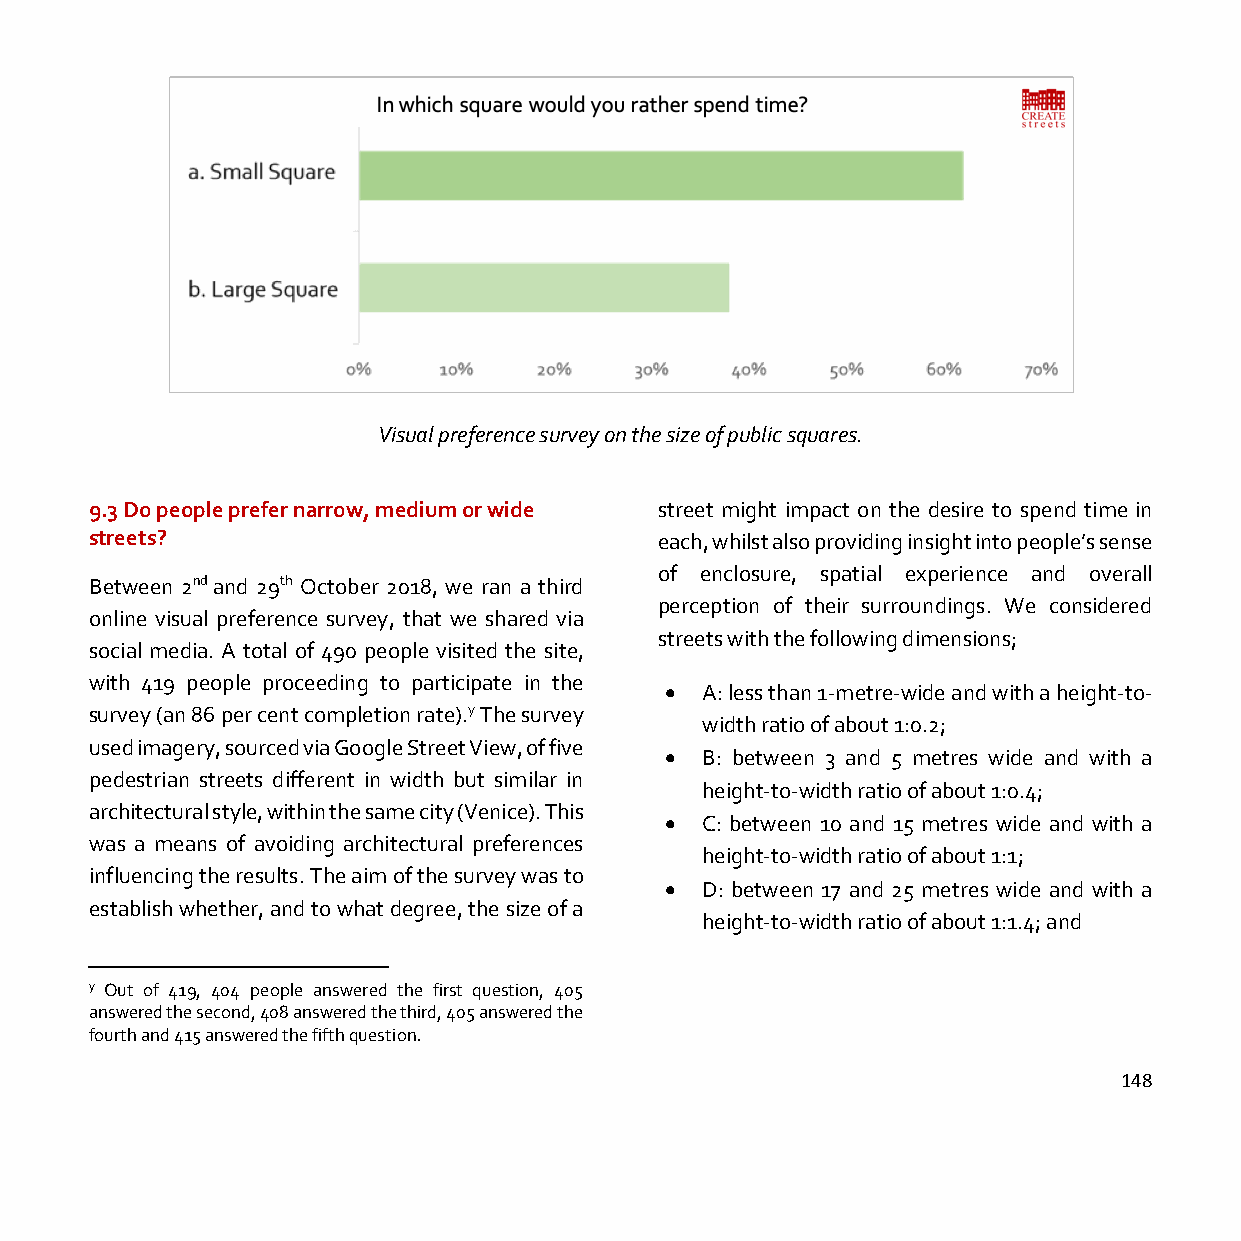
Visual preference survey on the size of public squares.
 9.3 Do people prefer narrow, medium or wide street might impact on the desire to spend time in
 streets?                              each, whilst also providing insight into people’s sense
 of enclosure, spatial experience and overall
 Between 2nd and 29th October 2018, we ran a third
 perception of their surroundings. We considered
 online visual preference survey, that we shared via
 streets with the following dimensions;
 social media. A total of 490 people visited the site,
 with 419 people proceeding to participate in the
 • A: less than 1-metre-wide and with a height-to-
 survey (an 86 per cent completion rate).y The survey
 width ratio of about 1:0.2;
 used imagery, sourced via Google Street View, of five
 • B: between 3 and 5 metres wide and with a
 pedestrian streets different in width but similar in
 height-to-width ratio of about 1:0.4;
 architectural style, within the same city (Venice). This
 • C: between 10 and 15 metres wide and with a
 was a means of avoiding architectural preferences
 height-to-width ratio of about 1:1;
 influencing the results. The aim of the survey was to
 • D: between 17 and 25 metres wide and with a
 establish whether, and to what degree, the size of a
 height-to-width ratio of about 1:1.4; and
 y Out of 419, 404 people answered the first question, 405
 answered the second, 408 answered the third, 405 answered the
 fourth and 415 answered the fifth question.
 148